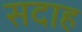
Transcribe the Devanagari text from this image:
सदाह